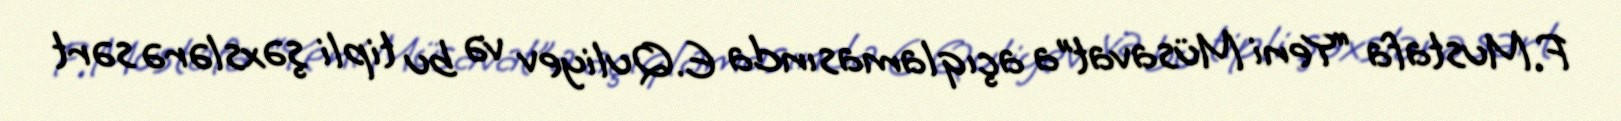
F.Mustafa “Yeni Müsavat”a açıqlamasında E.Quliyev və bu tipli şəxslərə sərt